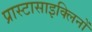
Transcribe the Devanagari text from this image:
प्रास्टासाइक्लिनों